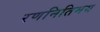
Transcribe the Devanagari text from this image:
रणनितिमय